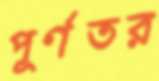
পূর্ণতর